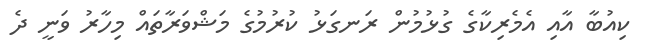
ކިއުބާ އާއި އެމެރިކާގެ ގުޅުމުން ރަނގަޅު ކުރުމުގެ މަޝްވަރާތައް މިހާރު ވަނީ ދެ